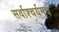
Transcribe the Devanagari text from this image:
सर्वाश्चर्यमयं